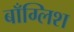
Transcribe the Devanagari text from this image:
बाँग्लिश